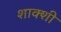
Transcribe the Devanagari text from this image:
शाक्शी